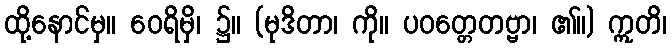
ထို့နောင်မှ။ ဝေရိမှိ၊ ၌။ (မုဒိတာ၊ ကို။ ပဝတ္တေတဗ္ဗာ၊ ၏။) ဣတိ၊